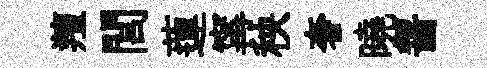
羶閭蓮𡩋秧奢曉齧